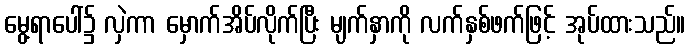
မွေ့ရာပေါ်၌ လှဲကာ မှောက်အိပ်လိုက်ပြီး မျက်နှာကို လက်နှစ်ဖက်ဖြင့် အုပ်ထားသည်။